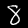
Digit: 8